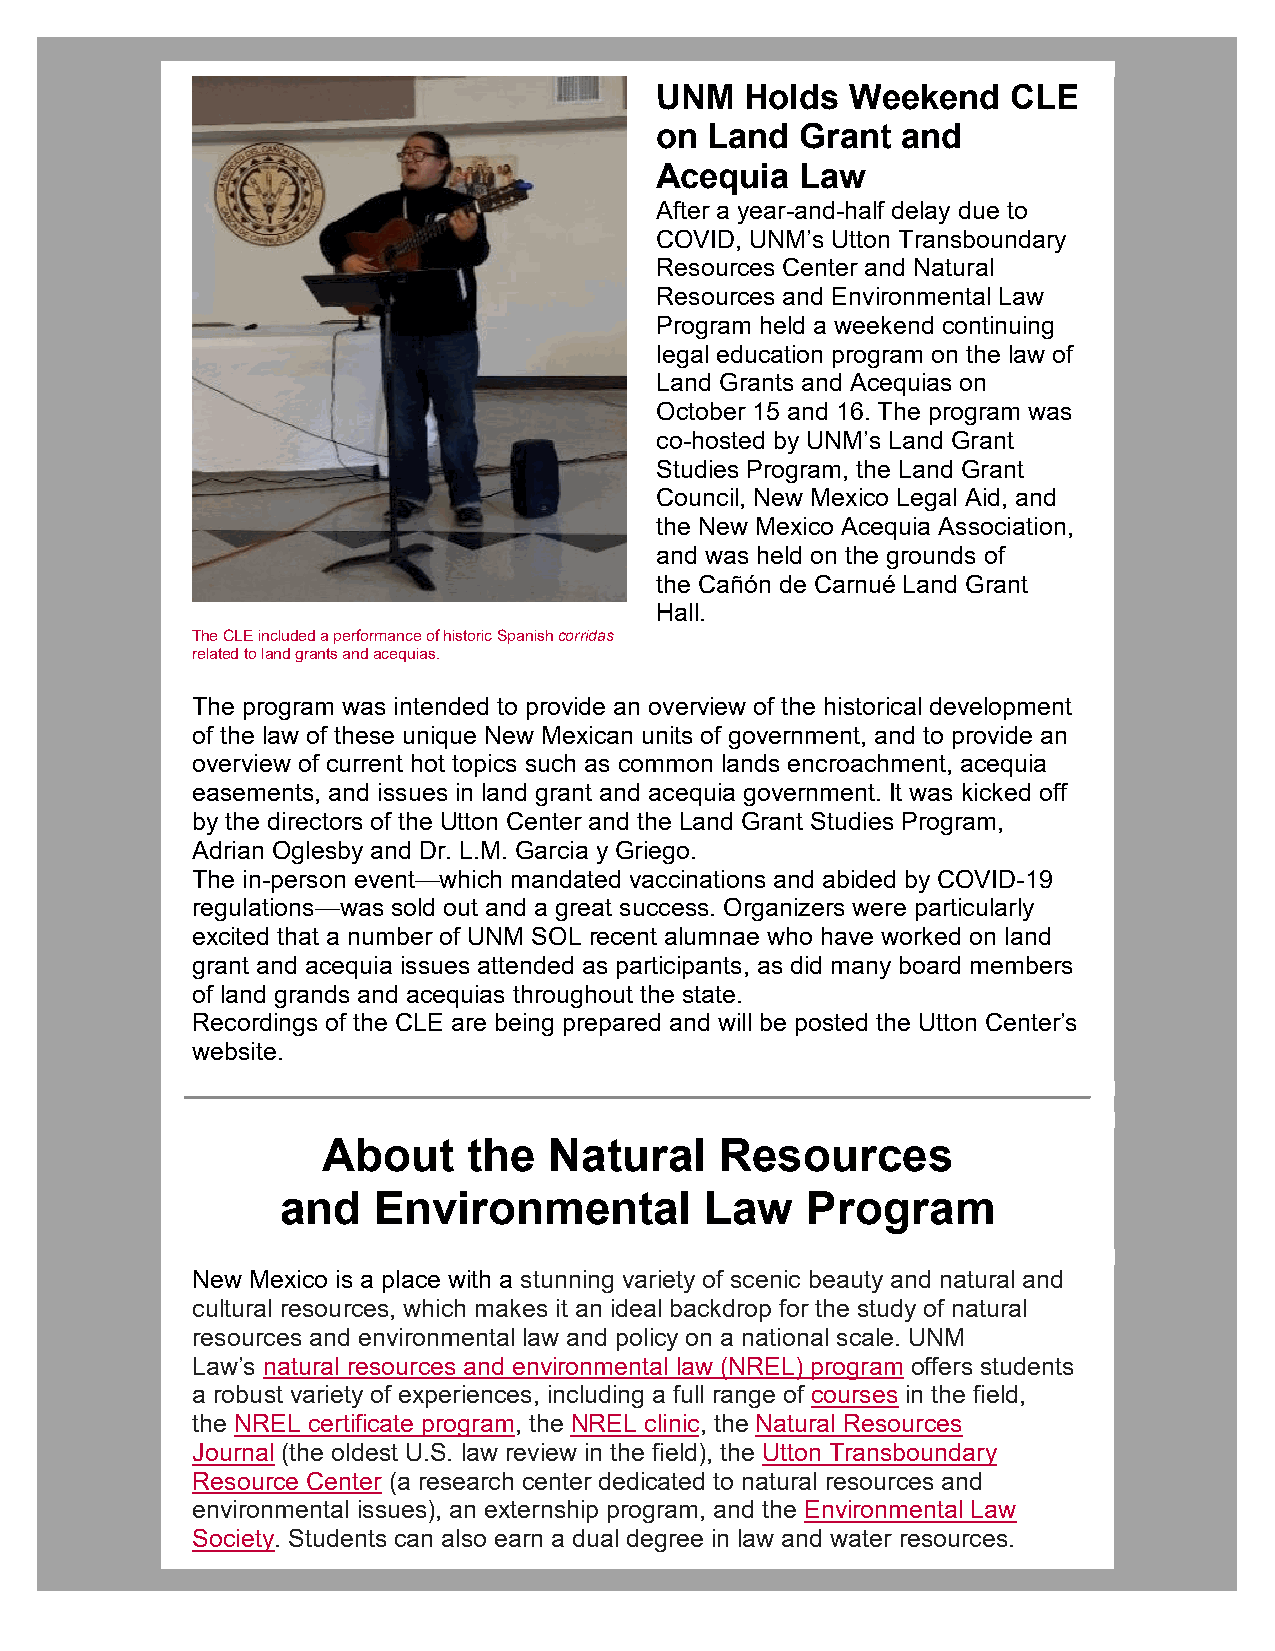
UNM   Holds  Weekend    CLE
 on  Land  Grant  and
 Acequia   Law
 After a year-and-half delay due to
 COVID, UNM’s Utton Transboundary
 Resources Center and Natural
 Resources and Environmental Law
 Program held a weekend continuing
 legal education program on the law of
 Land Grants and Acequias on
 October 15 and 16. The program was
 co-hosted by UNM’s Land Grant
 Studies Program, the Land Grant
 Council, New Mexico Legal Aid, and
 the New Mexico Acequia Association,
 and was held on the grounds of
 the Cañón de Carnué Land Grant
 Hall.
 The CLE included a performance of historic Spanish corridas
 related to land grants and acequias.
 The program was intended to provide an overview of the historical development
 of the law of these unique New Mexican units of government, and to provide an
 overview of current hot topics such as common lands encroachment, acequia
 easements, and issues in land grant and acequia government. It was kicked off
 by the directors of the Utton Center and the Land Grant Studies Program,
 Adrian Oglesby and Dr. L.M. Garcia y Griego.
 The in-person event—which mandated vaccinations and abided by COVID-19
 regulations—was sold out and a great success. Organizers were particularly
 excited that a number of UNM SOL recent alumnae who have worked on land
 grant and acequia issues attended as participants, as did many board members
 of land grands and acequias throughout the state.
 Recordings of the CLE are being prepared and will be posted the Utton Center’s
 website.
 About     the  Natural     Resources
 and   Environmental         Law   Program
 New Mexico is a place with a stunning variety of scenic beauty and natural and
 cultural resources, which makes it an ideal backdrop for the study of natural
 resources and environmental law and policy on a national scale. UNM
 Law’s natural resources and environmental law (NREL) program offers students
 a robust variety of experiences, including a full range of courses in the field,
 the NREL certificate program, the NREL clinic, the Natural Resources
 Journal (the oldest U.S. law review in the field), the Utton Transboundary
 Resource Center (a research center dedicated to natural resources and
 environmental issues), an externship program, and the Environmental Law
 Society. Students can also earn a dual degree in law and water resources.